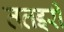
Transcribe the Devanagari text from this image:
ततइरी